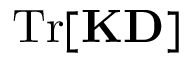
\mathrm { T r } [ \mathbf { K D } ]